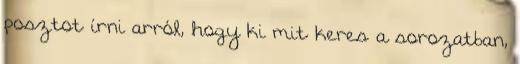
posztot írni arról, hogy ki mit keres a sorozatban,